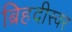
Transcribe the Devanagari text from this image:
ब्रिहदीस्वर